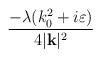
LaTeX: \begin{align*}\frac{-\lambda (k_{0}^{2}+i\varepsilon )}{4|\mathbf{k}|^{2}}\end{align*}